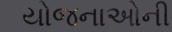
યોજનાઓની